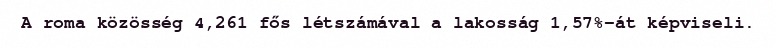
A roma közösség 4,261 fős létszámával a lakosság 1,57%-át képviseli.